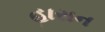
હારાન